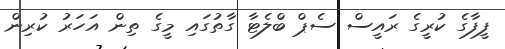
ފީފާގެ ކުރީގެ ރައީސް ސެޕް ބްލެޓާ ގާތުގައި މީގެ ތިން އަހަރު ކުރިން